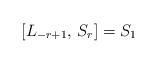
LaTeX: \begin{align*} [L_{-r+1}, \, S_r] = S_1 \end{align*}